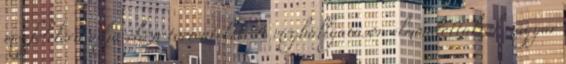
megfelelően adja elő a történteket. A meghallgatáson elmondottakról magyar